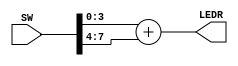
module adder
  
  ( input [7:0] SW,
    output reg [3:0] LEDR
    );
    
    always @ ( SW)
    begin 
      LEDR <= SW[3:0]+SW[7:4];
    end
    
endmodule